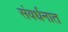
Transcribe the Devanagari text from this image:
संवर्धनात